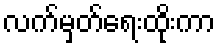
လက်မှတ်ရေးထိုးကာ